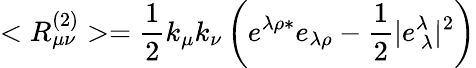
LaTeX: <R_{\mu\nu}^{(2)}>=\frac{1}{2}k_{\mu}k_{\nu}\left(e^{\lambda\rho*}e_{\lambda\rho}-\frac{1}{2}|e_{\ \lambda}^{\lambda}|^{2}\right)